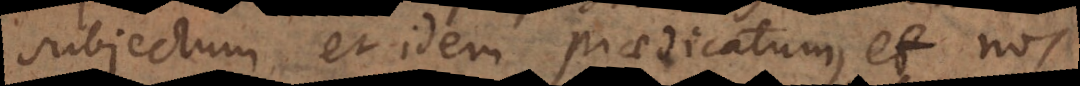
subjectum et idem praedicatum, et nos